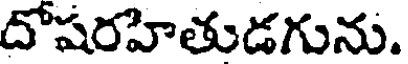
దోషరహితుడగును.